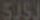
5JSJ